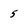
Character: 5